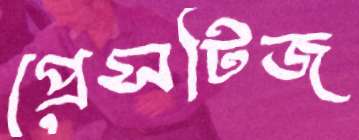
প্রেসটিজ